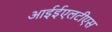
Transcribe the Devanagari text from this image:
आईईएलटीएस